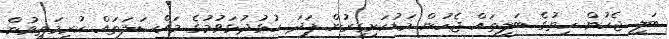
ބަލި ޖެހުން ހިތުގެ ބަލިތައް ޖެހުން މަޑުކަށިގިރުން ފަދަ ހުޅުދުޅަވުމުގެ މައްސަލަތައް ކުރިމަތިވުން